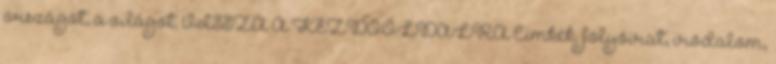
országot, a világot. VISSZA A KEZDŐOLDALRA Címkék: folyóirat, irodalom,